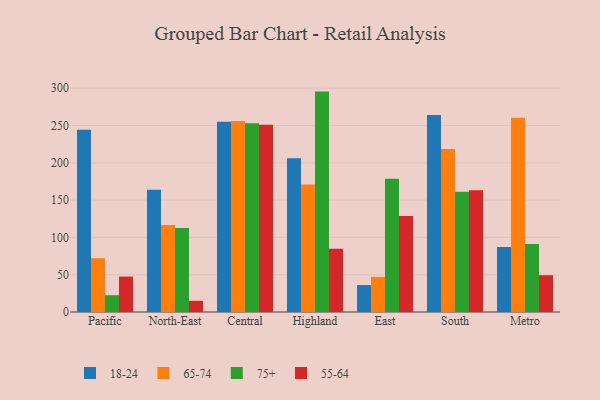
{"axis": {"x": "Region", "y": "Population (Million)"}, "legend": ["18-24", "55-64", "65-74", "75+"], "data": [{"x": "Pacific", "y": 244.2, "type": "18-24"}, {"x": "Pacific", "y": 72.1, "type": "65-74"}, {"x": "Pacific", "y": 22.5, "type": "75+"}, {"x": "Pacific", "y": 47.5, "type": "55-64"}, {"x": "North-East", "y": 163.8, "type": "18-24"}, {"x": "North-East", "y": 116.8, "type": "65-74"}, {"x": "North-East", "y": 112.5, "type": "75+"}, {"x": "North-East", "y": 15.0, "type": "55-64"}, {"x": "Central", "y": 255.2, "type": "18-24"}, {"x": "Central", "y": 256.0, "type": "65-74"}, {"x": "Central", "y": 253.2, "type": "75+"}, {"x": "Central", "y": 251.0, "type": "55-64"}, {"x": "Highland", "y": 206.1, "type": "18-24"}, {"x": "Highland", "y": 170.9, "type": "65-74"}, {"x": "Highland", "y": 295.5, "type": "75+"}, {"x": "Highland", "y": 84.8, "type": "55-64"}, {"x": "East", "y": 36.1, "type": "18-24"}, {"x": "East", "y": 47.1, "type": "65-74"}, {"x": "East", "y": 178.8, "type": "75+"}, {"x": "East", "y": 128.8, "type": "55-64"}, {"x": "South", "y": 264.1, "type": "18-24"}, {"x": "South", "y": 218.7, "type": "65-74"}, {"x": "South", "y": 161.3, "type": "75+"}, {"x": "South", "y": 163.3, "type": "55-64"}, {"x": "Metro", "y": 87.3, "type": "18-24"}, {"x": "Metro", "y": 260.5, "type": "65-74"}, {"x": "Metro", "y": 91.2, "type": "75+"}, {"x": "Metro", "y": 49.3, "type": "55-64"}]}